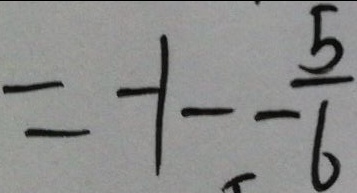
= - 1 - - \frac { 5 } { 6 }